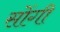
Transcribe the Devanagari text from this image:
सोंगी